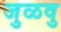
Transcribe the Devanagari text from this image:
जुळवु